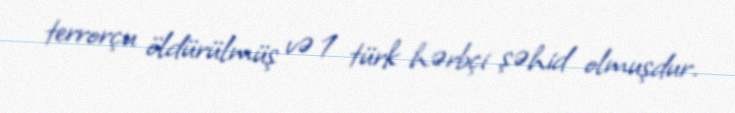
terrorçu öldürülmüş və 1 türk hərbçi şəhid olmuşdur.